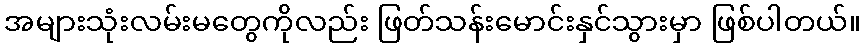
အများသုံးလမ်းမတွေကိုလည်း ဖြတ်သန်းမောင်းနှင်သွားမှာ ဖြစ်ပါတယ်။